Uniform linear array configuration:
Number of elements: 24
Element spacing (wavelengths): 0.25
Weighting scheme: exponential
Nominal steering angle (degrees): -45
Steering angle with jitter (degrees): -43.227
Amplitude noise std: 0.05
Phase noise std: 0.05

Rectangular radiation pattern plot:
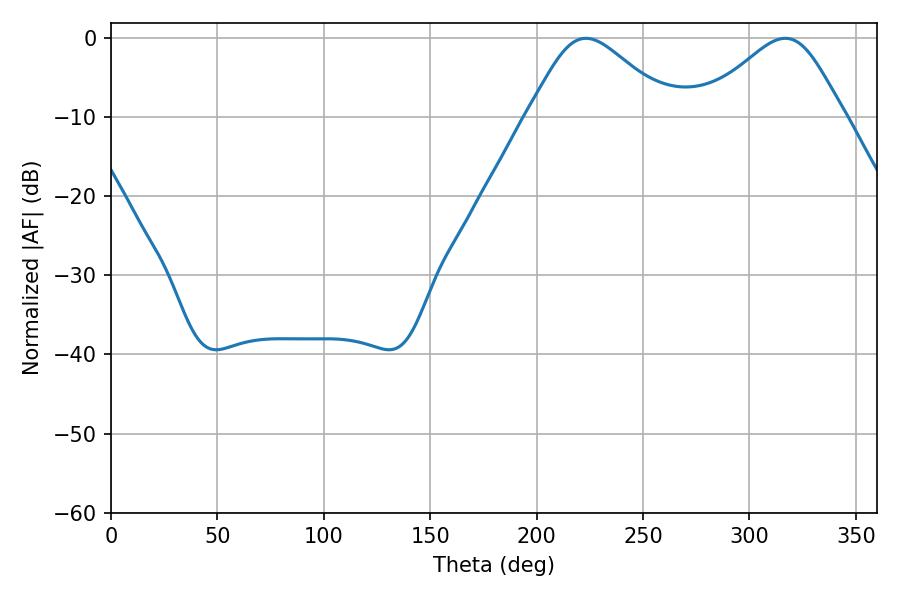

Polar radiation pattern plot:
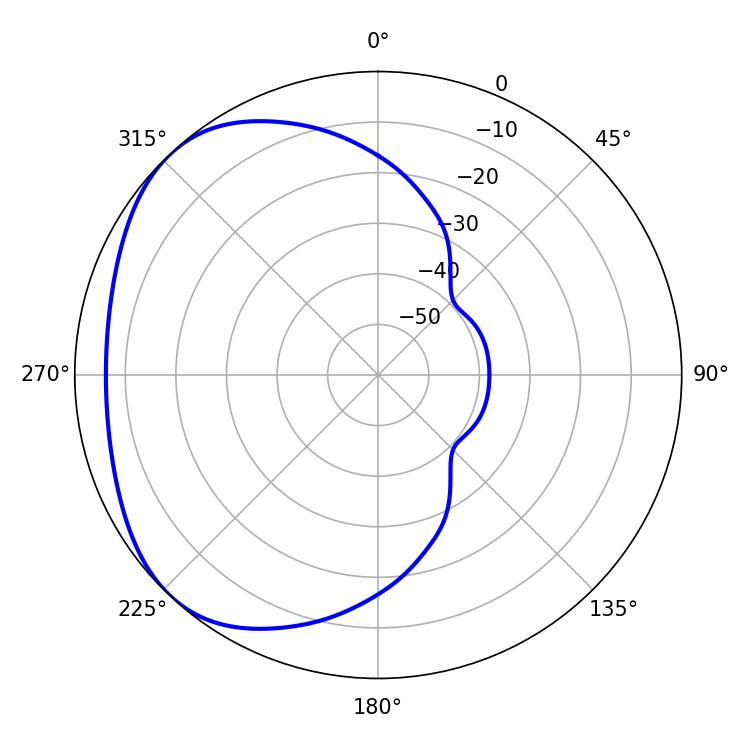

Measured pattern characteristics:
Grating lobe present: FALSE
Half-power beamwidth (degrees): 33.48
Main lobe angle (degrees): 223.2